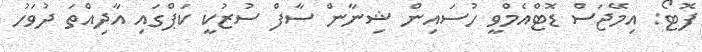
ފޮޓޯ: އިމޭޖަސް ޑޮޓްއެމްވީ ހުސައިން ޝިނާން ސާފް ސުޒުކީ ކަޕްގައި އާދިއްތަ ދުވަހު